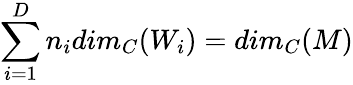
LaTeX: \sum_{i=1}^{D}n_{i}dim_{C}(W_{i})=dim_{C}(M)